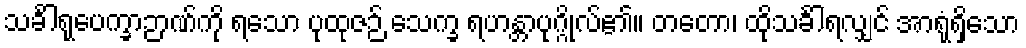
သင်္ခါရုပေက္ခာဉာဏ်ကို ရသော ပုထုဇဉ် သေက္ခ ရဟန္တာပုဂ္ဂိုလ်၏။ တတော၊ ထိုသင်္ခါရလျှင် အာရုံရှိသော